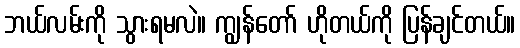
ဘယ်လမ်းကို သွားရမလဲ။ ကျွန်တော် ဟိုတယ်ကို ပြန်ချင်တယ်။